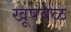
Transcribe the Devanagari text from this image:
खूपवेळ